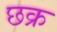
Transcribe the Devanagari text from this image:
छक्र